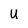
Character: U